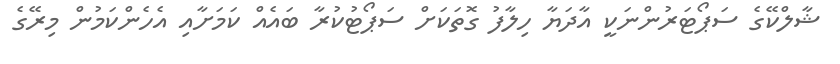
ޝާލްކޭގެ ސަޕޯޓަރުންނަކީ އާދަޔާ ހިލާފު ގޮތަކަށް ސަޕޯޓުކުރާ ބައެއް ކަމަށާއި އެހެންކަމުން މިރޭގެ